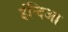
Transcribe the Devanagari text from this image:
ईन्दिआ